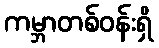
ကမ္ဘာတစ်ဝန်းရှိ